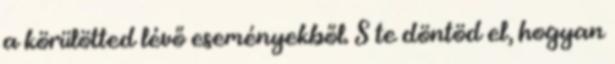
a körülötted lévő eseményekből. S te döntöd el, hogyan